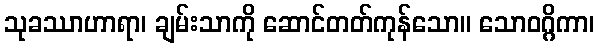
သုခဿာဟာရာ၊ ချမ်းသာကို ဆောင်တတ်ကုန်သော။ သောဝဂ္ဂိကာ၊